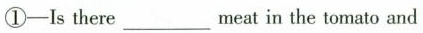
①-Is there___meat in the tomato and